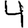
Digit: 4